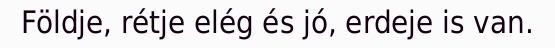
Földje, rétje elég és jó, erdeje is van.